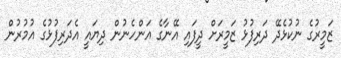
ޒަމީރުގެ ނުކުޅެދޭ ދަރިފުޅު ޒަމީރަށް ދީފައި އޭނާގެ އަންހެނުން ދިޔައީ އެދަރިފުޅުގެ އުމުރުން